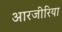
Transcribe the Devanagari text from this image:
आरजीरिया